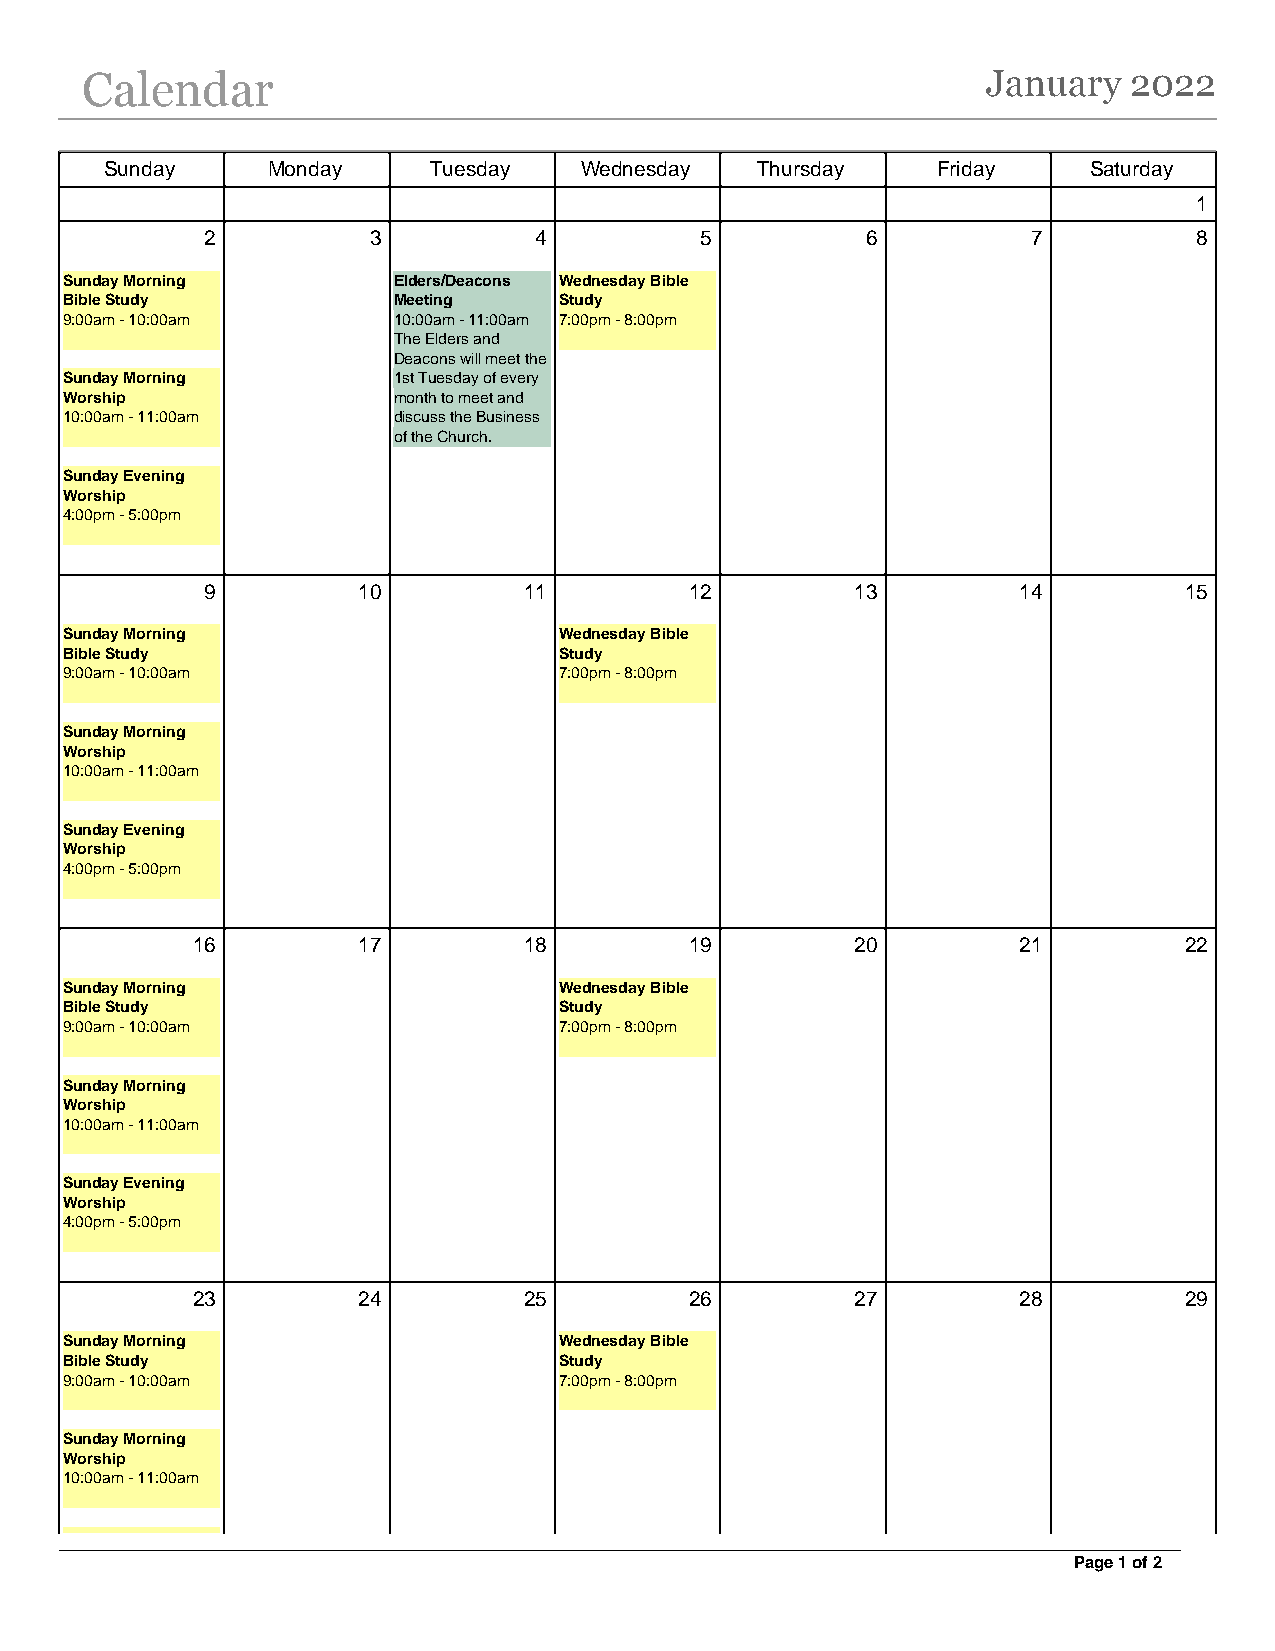
Calendar                                                    January   2022
 Sunday     Monday    Tuesday   Wednesday   Thursday    Friday    Saturday
 1
 2         3          4          5          6          7          8
 Sunday Morning        Elders/Deacons Wednesday Bible
 Bible Study           Meeting    Study
 9:00am - 10:00am      10:00am - 11:00am 7:00pm - 8:00pm
 The Elders and
 Deacons will meet the
 Sunday Morning        1st Tuesday of every
 Worship               month to meet and
 10:00am - 11:00am     discuss the Business
 of the Church.
 Sunday Evening
 Worship
 4:00pm - 5:00pm
 9         10         11         12         13        14         15
 Sunday Morning                   Wednesday Bible
 Bible Study                      Study
 9:00am - 10:00am                 7:00pm - 8:00pm
 Sunday Morning
 Worship
 10:00am - 11:00am
 Sunday Evening
 Worship
 4:00pm - 5:00pm
 16         17         18         19         20        21         22
 Sunday Morning                   Wednesday Bible
 Bible Study                      Study
 9:00am - 10:00am                 7:00pm - 8:00pm
 Sunday Morning
 Worship
 10:00am - 11:00am
 Sunday Evening
 Worship
 4:00pm - 5:00pm
 23         24         25         26         27        28         29
 Sunday Morning                   Wednesday Bible
 Bible Study                      Study
 9:00am - 10:00am                 7:00pm - 8:00pm
 Sunday Morning
 Worship
 10:00am - 11:00am
 Page 1 of 2